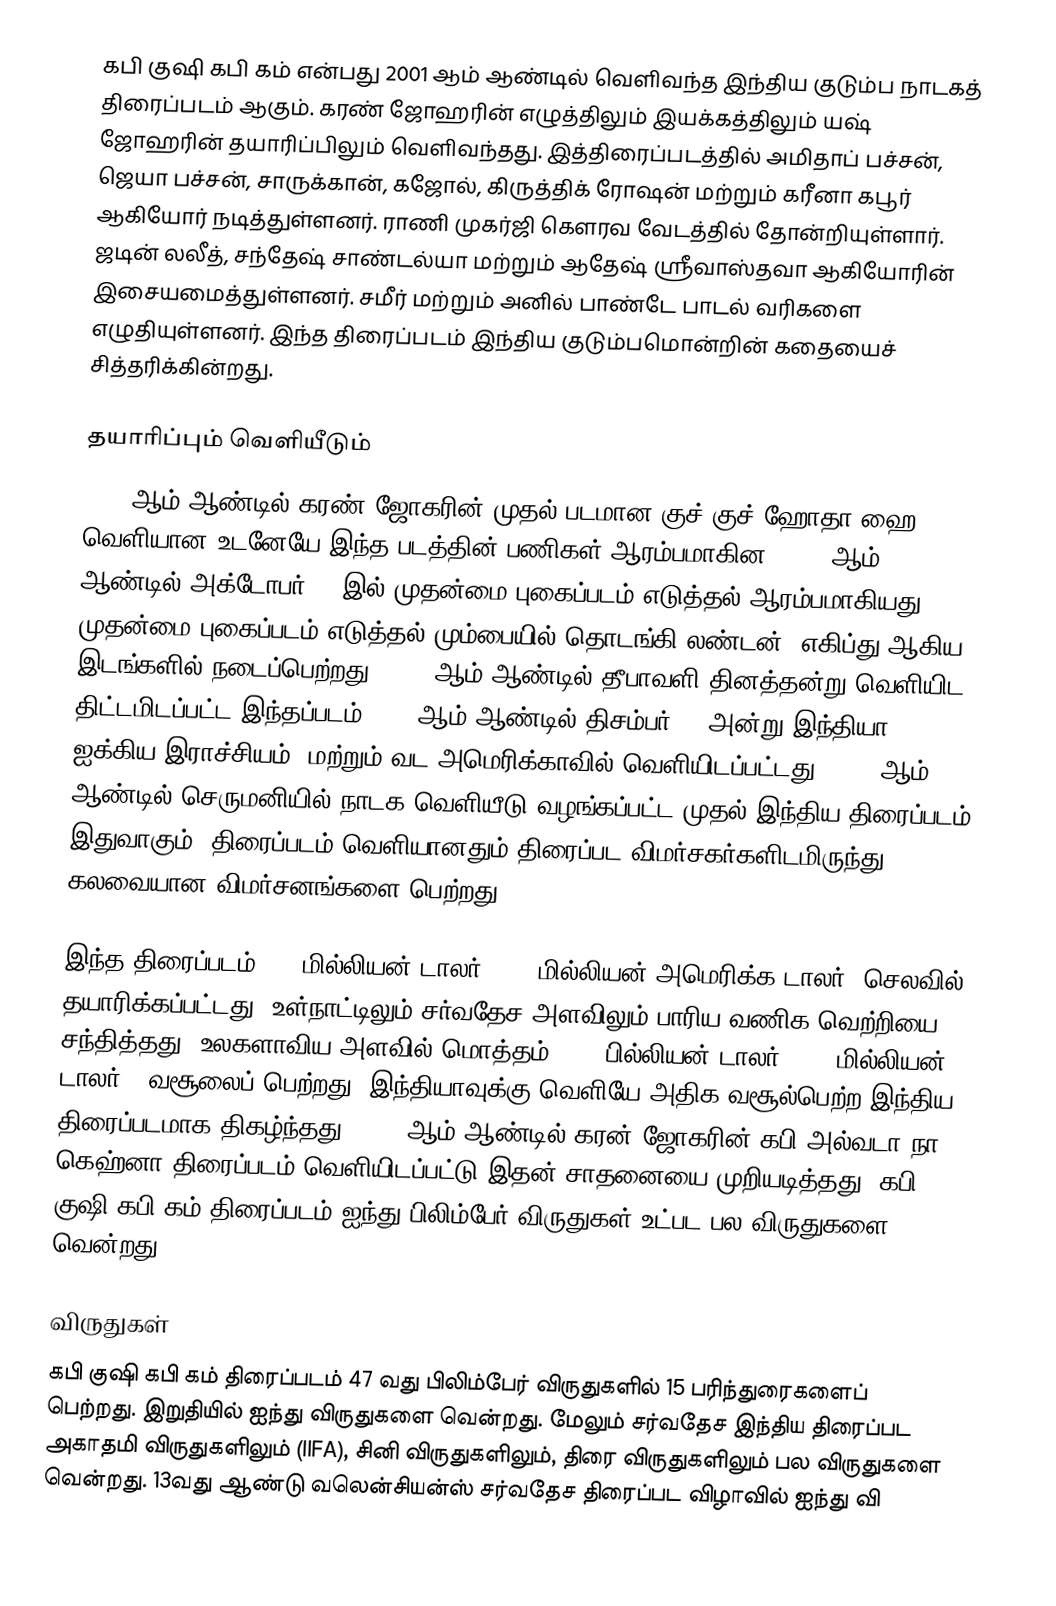
கபி குஷி கபி கம் என்பது 2001 ஆம் ஆண்டில் வெளிவந்த இந்திய குடும்ப நாடகத் திரைப்படம் ஆகும். கரண் ஜோஹரின் எழுத்திலும் இயக்கத்திலும் யஷ் ஜோஹரின் தயாரிப்பிலும் வெளிவந்தது. இத்திரைப்படத்தில் அமிதாப் பச்சன், ஜெயா பச்சன், சாருக்கான், கஜோல், கிருத்திக் ரோஷன் மற்றும் கரீனா கபூர் ஆகியோர் நடித்துள்ளனர். ராணி முகர்ஜி கௌரவ வேடத்தில் தோன்றியுள்ளார். ஜடின் லலீத், சந்தேஷ் சாண்டல்யா மற்றும் ஆதேஷ் ஶ்ரீவாஸ்தவா ஆகியோரின் இசையமைத்துள்ளனர். சமீர் மற்றும் அனில் பாண்டே பாடல் வரிகளை எழுதியுள்ளனர். இந்த திரைப்படம் இந்திய குடும்பமொன்றின் கதையைச் சித்தரிக்கின்றது.

தயாரிப்பும் வெளியீடும்
1998 ஆம் ஆண்டில் கரண் ஜோகரின் முதல் படமான குச் குச் ஹோதா ஹை வெளியான உடனேயே இந்த படத்தின் பணிகள் ஆரம்பமாகின. 2000 ஆம் ஆண்டில் அக்டோபர் 16 இல் முதன்மை புகைப்படம் எடுத்தல் ஆரம்பமாகியது. முதன்மை புகைப்படம் எடுத்தல் மும்பையில் தொடங்கி லண்டன், எகிப்து ஆகிய இடங்களில் நடைப்பெற்றது. 2001 ஆம் ஆண்டில் தீபாவளி தினத்தன்று வெளியிட திட்டமிடப்பட்ட இந்தப்படம் 2001 ஆம் ஆண்டில் திசம்பர் 14 அன்று இந்தியா, ஐக்கிய இராச்சியம், மற்றும் வட அமெரிக்காவில் வெளியிடப்பட்டது. 2003 ஆம் ஆண்டில் செருமனியில் நாடக வெளியீடு வழங்கப்பட்ட முதல் இந்திய திரைப்படம் இதுவாகும். திரைப்படம் வெளியானதும் திரைப்பட விமர்சகர்களிடமிருந்து கலவையான விமர்சனங்களை பெற்றது.

இந்த திரைப்படம் 400 மில்லியன் டாலர் (5.8 மில்லியன் அமெரிக்க டாலர்) செலவில் தயாரிக்கப்பட்டது. உள்நாட்டிலும் சர்வதேச அளவிலும் பாரிய வணிக வெற்றியை சந்தித்தது. உலகளாவிய அளவில் மொத்தம் 1.36 பில்லியன் டாலர் ( 29 மில்லியன் டாலர் ) வசூலைப் பெற்றது. இந்தியாவுக்கு வெளியே அதிக வசூல்பெற்ற இந்திய திரைப்படமாக திகழ்ந்தது. 2006 ஆம் ஆண்டில் கரன் ஜோகரின் கபி அல்வடா நா கெஹ்னா திரைப்படம் வெளியிடப்பட்டு இதன் சாதனையை முறியடித்தது. கபி குஷி கபி கம் திரைப்படம் ஐந்து பிலிம்பேர் விருதுகள் உட்பட பல விருதுகளை வென்றது.

விருதுகள்
கபி குஷி கபி கம் திரைப்படம் 47 வது பிலிம்பேர் விருதுகளில் 15 பரிந்துரைகளைப் பெற்றது. இறுதியில் ஐந்து விருதுகளை வென்றது. மேலும் சர்வதேச இந்திய திரைப்பட அகாதமி விருதுகளிலும் (IIFA), சினி விருதுகளிலும், திரை விருதுகளிலும் பல விருதுகளை வென்றது. 13வது ஆண்டு வலென்சியன்ஸ் சர்வதேச திரைப்பட விழாவில் ஐந்து வி